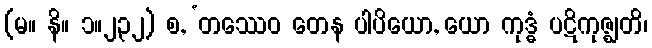
(မ။ နိ။ ၁။၂၃၂) စ, ‘တဿေဝ တေန ပါပိယော, ယော ကုဒ္ဓံ ပဋိကုဇ္ဈတိ၊